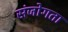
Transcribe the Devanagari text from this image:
संजोगता